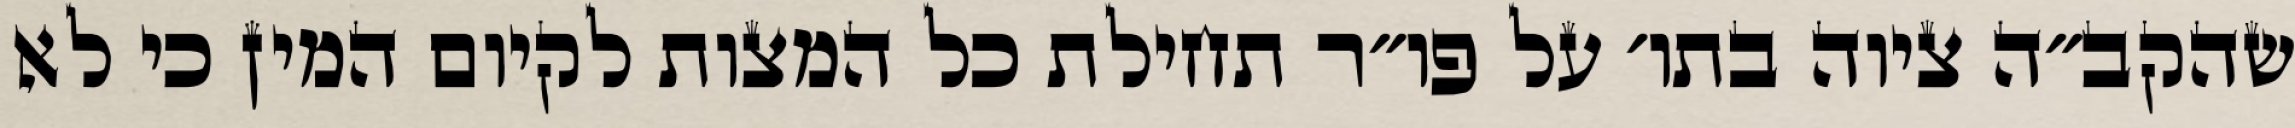
שהקב״ה ציוה בתו׳ על פו״ר תחילת כל המצות לקיום המין כי לא